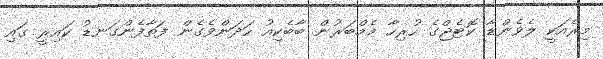
މިރެއަކީ ލެވެންޑާ ކޮޓެޖްގެ ހުރިހާ މެމްބަރުން ބާބެކިއު ހަދަންވެގެން ފަތާފެންގަނޑު ކައިރީ ގައި